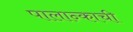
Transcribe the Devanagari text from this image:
पालान्काची